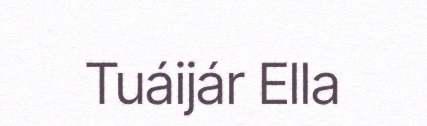
Tuáijár Ella